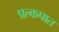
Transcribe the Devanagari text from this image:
प्रल्कपात